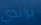
براندي